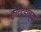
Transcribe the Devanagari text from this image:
कोटदंडाच्या